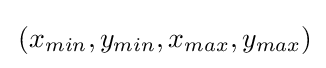
\,(x_{min},y_{min},x_{max},y_{max})